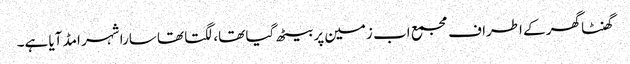
گھنٹا گھر کے اطراف مجمع اب زمین پر بیٹھ گیا تھا، لگتا تھا سارا شہر امڈ آیا ہے۔